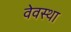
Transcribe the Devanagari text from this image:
वेवस्था